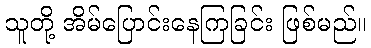
သူတို့ အိမ်ပြောင်းနေကြခြင်း ဖြစ်မည်။